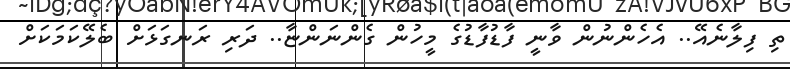
ތި ފިލާނެއޭ.. އެހެންނުން ވާނީ ފާޑުފާޑުގެ މީހުން ގެންނަންޏާ.. ދަރި ރަނގަޅަށް ބެލޭކަމަކަށް